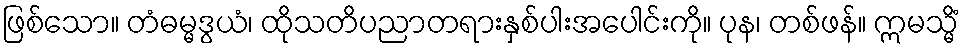
ဖြစ်သော။ တံဓမ္မဒွယံ၊ ထိုသတိပညာတရားနှစ်ပါးအပေါင်းကို။ ပုန၊ တစ်ဖန်။ ဣမသ္မိံ